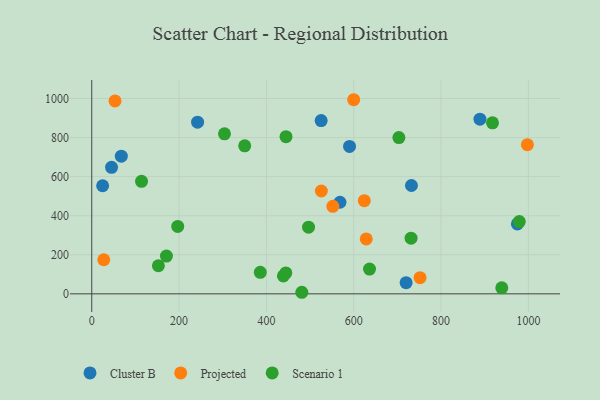
{"axis": {"x": "Investment", "y": "Exam Score"}, "legend": ["Cluster B", "Projected", "Scenario 1"], "data": [{"x": "525.4", "y": 886.9, "type": "Cluster B"}, {"x": "720.0", "y": 57.0, "type": "Cluster B"}, {"x": "568.5", "y": 468.8, "type": "Cluster B"}, {"x": "45.3", "y": 647.8, "type": "Cluster B"}, {"x": "974.8", "y": 358.1, "type": "Cluster B"}, {"x": "732.2", "y": 554.6, "type": "Cluster B"}, {"x": "590.4", "y": 754.8, "type": "Cluster B"}, {"x": "24.9", "y": 553.4, "type": "Cluster B"}, {"x": "889.1", "y": 894.2, "type": "Cluster B"}, {"x": "242.4", "y": 878.9, "type": "Cluster B"}, {"x": "67.7", "y": 704.9, "type": "Cluster B"}, {"x": "552.1", "y": 448.2, "type": "Projected"}, {"x": "53.3", "y": 987.7, "type": "Projected"}, {"x": "525.8", "y": 526.4, "type": "Projected"}, {"x": "997.7", "y": 763.7, "type": "Projected"}, {"x": "599.9", "y": 993.7, "type": "Projected"}, {"x": "751.9", "y": 82.7, "type": "Projected"}, {"x": "27.5", "y": 174.4, "type": "Projected"}, {"x": "624.2", "y": 476.9, "type": "Projected"}, {"x": "628.7", "y": 281.2, "type": "Projected"}, {"x": "386.0", "y": 109.9, "type": "Scenario 1"}, {"x": "438.9", "y": 91.9, "type": "Scenario 1"}, {"x": "979.2", "y": 369.7, "type": "Scenario 1"}, {"x": "304.0", "y": 819.3, "type": "Scenario 1"}, {"x": "481.1", "y": 8.0, "type": "Scenario 1"}, {"x": "444.5", "y": 107.2, "type": "Scenario 1"}, {"x": "939.1", "y": 30.8, "type": "Scenario 1"}, {"x": "636.2", "y": 126.7, "type": "Scenario 1"}, {"x": "731.3", "y": 285.1, "type": "Scenario 1"}, {"x": "444.9", "y": 804.8, "type": "Scenario 1"}, {"x": "917.8", "y": 875.2, "type": "Scenario 1"}, {"x": "350.3", "y": 757.9, "type": "Scenario 1"}, {"x": "703.4", "y": 800.0, "type": "Scenario 1"}, {"x": "152.6", "y": 143.8, "type": "Scenario 1"}, {"x": "171.1", "y": 193.3, "type": "Scenario 1"}, {"x": "114.0", "y": 576.2, "type": "Scenario 1"}, {"x": "496.5", "y": 341.1, "type": "Scenario 1"}, {"x": "196.9", "y": 345.1, "type": "Scenario 1"}]}